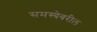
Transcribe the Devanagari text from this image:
समस्येवरील